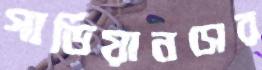
গার্ডিয়ানসের